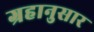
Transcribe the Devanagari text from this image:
ग्रहानुसार